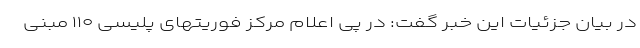
در بیان جزئیات این خبر گفت: در پی اعلام مرکز فوریتهای پلیسی ۱۱۰ مبنی